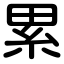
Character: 累